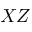
X Z